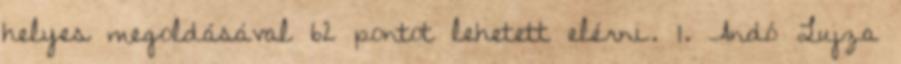
helyes megoldásával 62 pontot lehetett elérni. 1. Andó Lujza